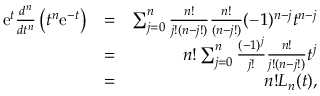
\begin{array} { r l r } { \mathrm { e } ^ { t } \frac { d ^ { n } } { d t ^ { n } } \left( t ^ { n } \mathrm { e } ^ { - t } \right) } & { = } & { \sum _ { j = 0 } ^ { n } \frac { n ! } { j ! ( n - j ! ) } \frac { n ! } { ( n - j ! ) } ( - 1 ) ^ { n - j } t ^ { n - j } } \\ & { = } & { n ! \sum _ { j = 0 } ^ { n } \frac { ( - 1 ) ^ { j } } { j ! } \frac { n ! } { j ! ( n - j ! ) } t ^ { j } } \\ & { = } & { n ! L _ { n } ( t ) , } \end{array}